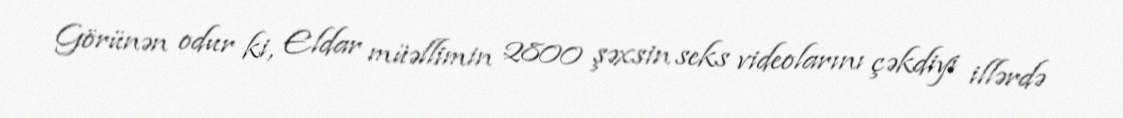
Görünən odur ki, Eldar müəllimin 2800 şəxsin seks videolarını çəkdiyi illərdə